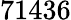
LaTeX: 71436